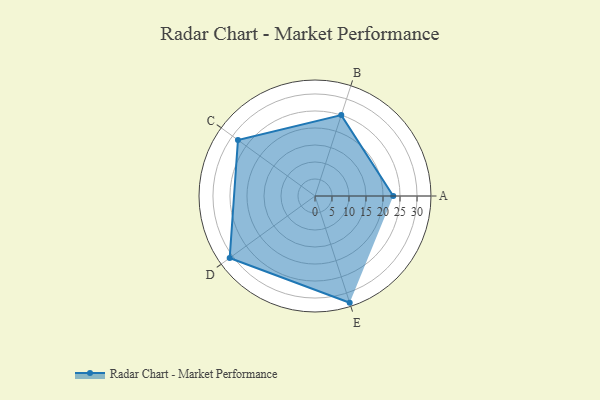
{"axis": {"x": "Skill", "y": "Score"}, "legend": ["Profile"], "data": [{"x": "A", "y": 23.0, "type": "Profile"}, {"x": "B", "y": 25.0, "type": "Profile"}, {"x": "C", "y": 28.0, "type": "Profile"}, {"x": "D", "y": 31.0, "type": "Profile"}, {"x": "E", "y": 33.0, "type": "Profile"}]}